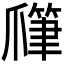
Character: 𤔯